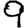
Digit: 9